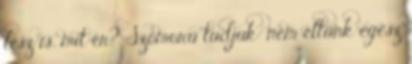
lesz is, mit ér? Szomorú tudjuk: nem éltünk egész